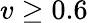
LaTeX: v\geq 0.6